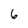
Character: 6